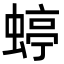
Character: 蝏